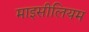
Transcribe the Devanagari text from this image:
माइसीलियम